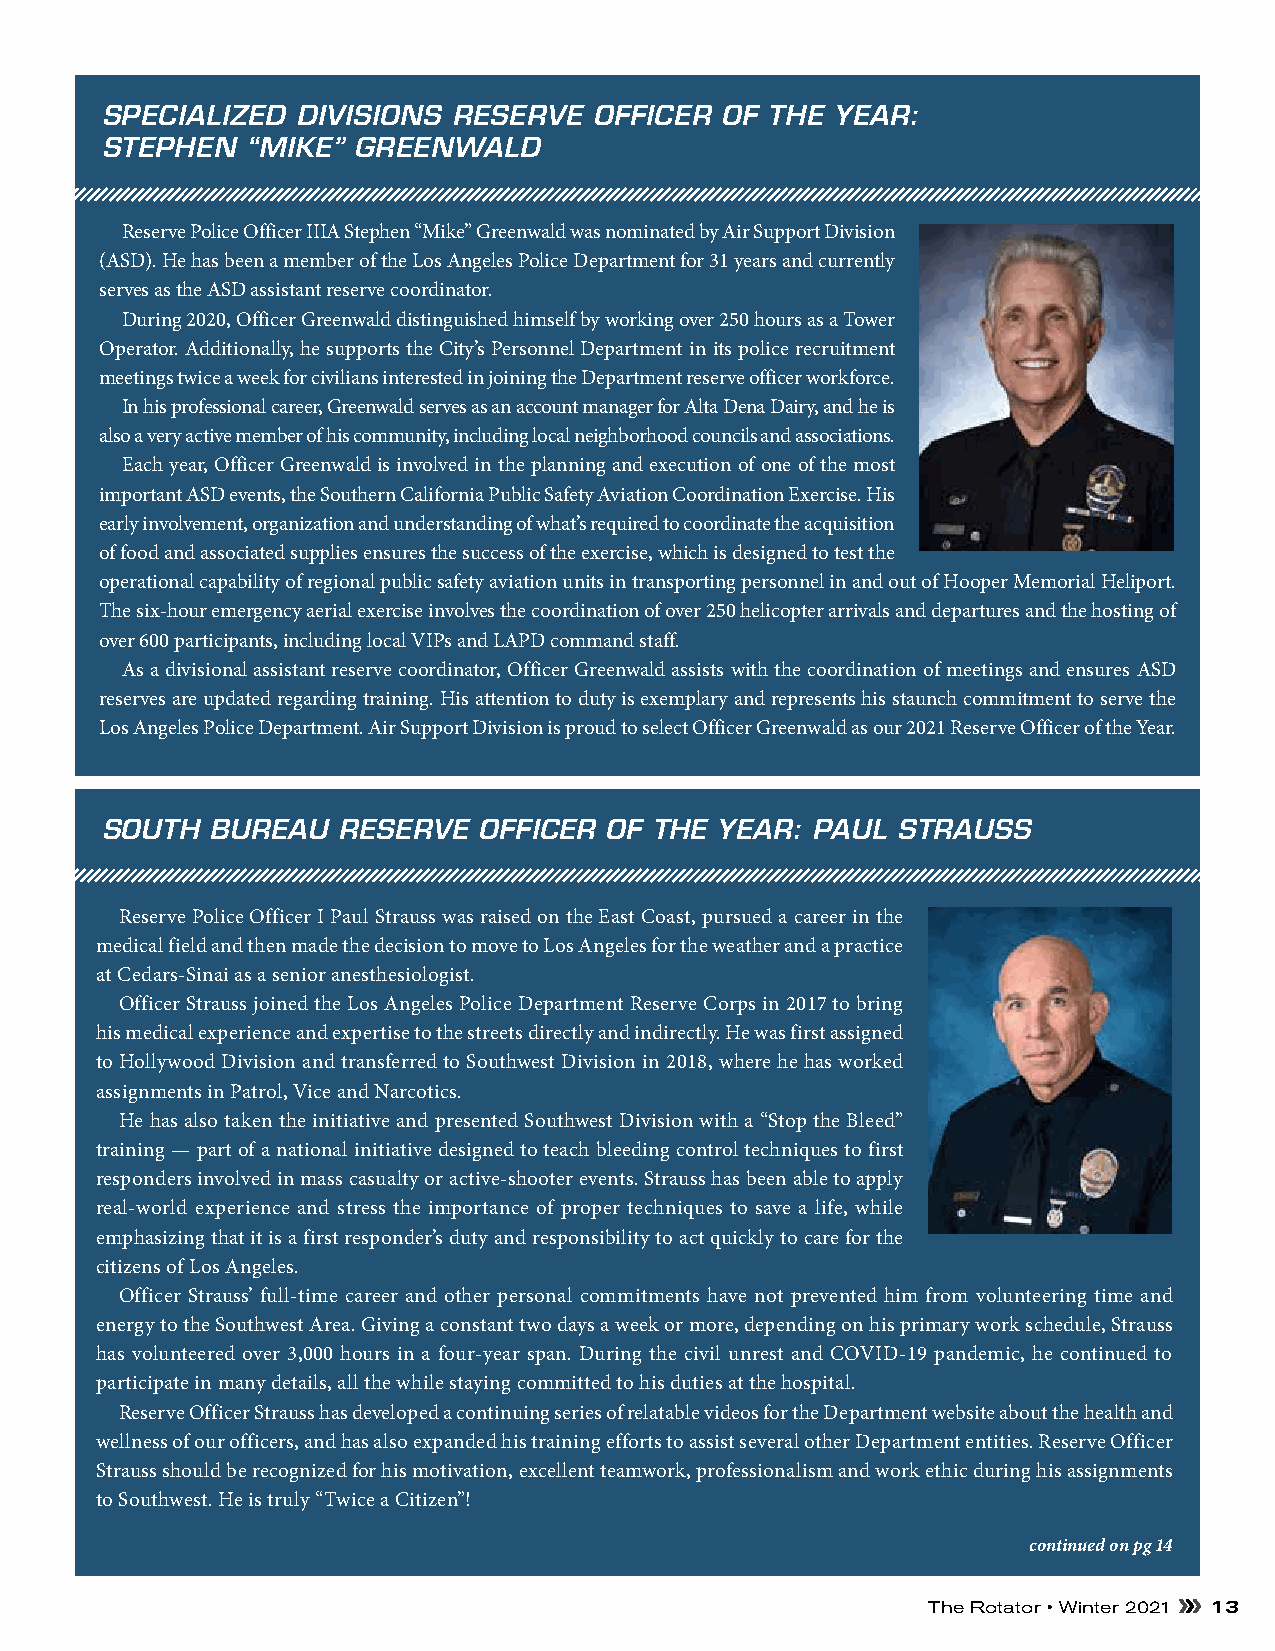
SPECIALIZED  DIVISIONS RESERVE  OFFICER  OF THE YEAR:
 STEPHEN  “MIKE” GREENWALD
 Reserve Police Officer IIIA Stephen “Mike” Greenwald was nominated by Air Support Division
 (ASD). He has been a member of the Los Angeles Police Department for 31 years and currently
 serves as the ASD assistant reserve coordinator.
 During 2020, Officer Greenwald distinguished himself by working over 250 hours as a Tower
 Operator. Additionally, he supports the City’s Personnel Department in its police recruitment
 meetings twice a week for civilians interested in joining the Department reserve officer workforce.
 In his professional career, Greenwald serves as an account manager for Alta Dena Dairy, and he is
 also a very active member of his community, including local neighborhood councils and associations.
 Each year, Officer Greenwald is involved in the planning and execution of one of the most
 important ASD events, the Southern California Public Safety Aviation Coordination Exercise. His
 early involvement, organization and understanding of what’s required to coordinate the acquisition
 of food and associated supplies ensures the success of the exercise, which is designed to test the
 operational capability of regional public safety aviation units in transporting personnel in and out of Hooper Memorial Heliport.
 The six-hour emergency aerial exercise involves the coordination of over 250 helicopter arrivals and departures and the hosting of
 over 600 participants, including local VIPs and LAPD command staff.
 As a divisional assistant reserve coordinator, Officer Greenwald assists with the coordination of meetings and ensures ASD
 reserves are updated regarding training. His attention to duty is exemplary and represents his staunch commitment to serve the
 Los Angeles Police Department. Air Support Division is proud to select Officer Greenwald as our 2021 Reserve Officer of the Year.
 SOUTH  BUREAU  RESERVE   OFFICER OF THE YEAR:  PAUL STRAUSS
 Reserve Police Officer I Paul Strauss was raised on the East Coast, pursued a career in the
 medical field and then made the decision to move to Los Angeles for the weather and a practice
 at Cedars-Sinai as a senior anesthesiologist.
 Officer Strauss joined the Los Angeles Police Department Reserve Corps in 2017 to bring
 his medical experience and expertise to the streets directly and indirectly. He was first assigned
 to Hollywood Division and transferred to Southwest Division in 2018, where he has worked
 assignments in Patrol, Vice and Narcotics.
 He has also taken the initiative and presented Southwest Division with a “Stop the Bleed”
 training — part of a national initiative designed to teach bleeding control techniques to first
 responders involved in mass casualty or active-shooter events. Strauss has been able to apply
 real-world experience and stress the importance of proper techniques to save a life, while
 emphasizing that it is a first responder’s duty and responsibility to act quickly to care for the
 citizens of Los Angeles.
 Officer Strauss’ full-time career and other personal commitments have not prevented him from volunteering time and
 energy to the Southwest Area. Giving a constant two days a week or more, depending on his primary work schedule, Strauss
 has volunteered over 3,000 hours in a four-year span. During the civil unrest and COVID-19 pandemic, he continued to
 participate in many details, all the while staying committed to his duties at the hospital.
 Reserve Officer Strauss has developed a continuing series of relatable videos for the Department website about the health and
 wellness of our officers, and has also expanded his training efforts to assist several other Department entities. Reserve Officer
 Strauss should be recognized for his motivation, excellent teamwork, professionalism and work ethic during his assignments
 to Southwest. He is truly “Twice a Citizen”!
 continued on pg 14
 The Rotator • Winter 2021 13